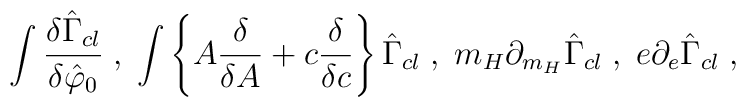
\int \frac{\delta \hat{\Gamma}_{cl}}{\delta \hat{\varphi}_0} \; ,\;  \int \left\{ A \frac{\delta}{\delta A} + c \frac{\delta}{\delta c} \right\} \hat{\Gamma}_{cl} \; ,\;  m_H \partial_{m_H} \hat{\Gamma}_{cl} \; , \;  e \partial_e \hat{\Gamma}_{cl} \; ,